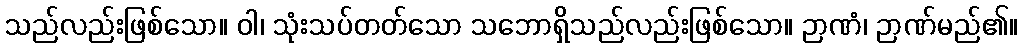
သည်လည်းဖြစ်သော။ ဝါ၊ သုံးသပ်တတ်သော သဘောရှိသည်လည်းဖြစ်သော။ ဉာဏံ၊ ဉာဏ်မည်၏။